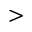
>